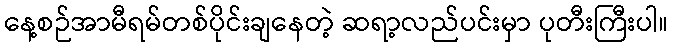
နေ့စဉ်အာမီရမ်တစ်ပိုင်းချနေတဲ့ ဆရာ့လည်ပင်းမှာ ပုတီးကြီးပါ။